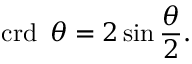
\operatorname { c r d } \ { \theta } = 2 \sin { \frac { \theta } { 2 } } .